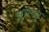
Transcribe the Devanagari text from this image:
सुभेच्छु